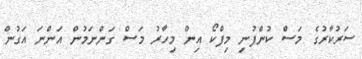
ސަރުކާރުގެ މަސް ކުންފުނި މިފްކޯ އިން މިހާރު މަސް ގަންނަމުން އަންނަ އަގުން